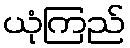
ယုံကြည်